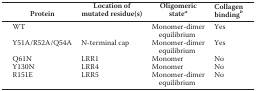
| Protein | Location of mutated residue(s) | Oligomeric statea | Collagen bindingb |
 | --- | --- | --- | --- |
 | WT |  | Monomer-dimer equilibrium | Yes |
 | Y51A/R52A/Q54A | N-terminal cap | Monomer-dimer equilibrium | Yes |
 | Q61N | LRR1 | Monomer | No |
 | Y130N | LRR4 | Monomer | No |
 | R151E | LRR5 | Monomer-dimer equilibrium | No |